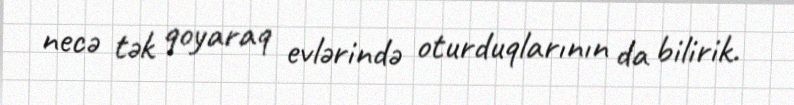
necə tək qoyaraq evlərində oturduqlarının da bilirik.